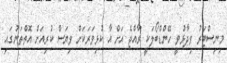
މިނިސްޓަރު ވިދާޅުވީ ހޭންޑްބޯލަކީ ރާއްޖެ އަށް އާ ކުޅިވަރަކަށް ވިޔަސް ކުރިއަށް އޮތްތަނުގައި